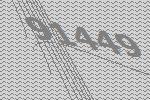
91449